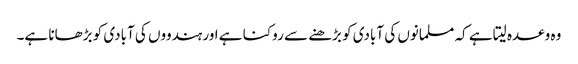
وہ وعدہ لیتا ہے کہ مسلمانوں کی آبادی کو بڑھنے سے روکنا ہے اور ہندووں کی آبادی کو بڑھانا ہے۔